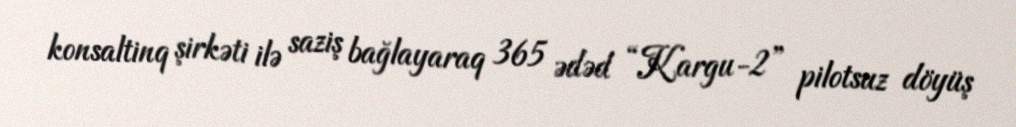
konsaltinq şirkəti ilə saziş bağlayaraq 365 ədəd “Kargu-2” pilotsuz döyüş